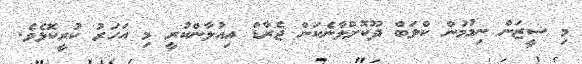
މި ސީޒަން ނިމުމުން ކްލަބް ދޫކޮށްލާނެކަން ޖެރާޑް އިއުލާންކުރީ މި އަހަރު ކުރީކޮޅެވެ.